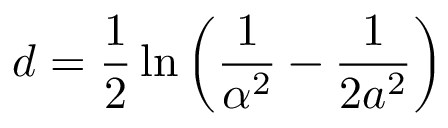
d = \frac { 1 } { 2 } \ln { \left( \frac { 1 } { \alpha ^ { 2 } } - \frac { 1 } { 2 a ^ { 2 } } \right) }